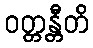
ဝတ္တန္တီတိ